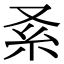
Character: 𠬹